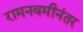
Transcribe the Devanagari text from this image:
रामनवमीनंतर